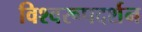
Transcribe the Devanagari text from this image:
विश्‍वरूपदर्शन